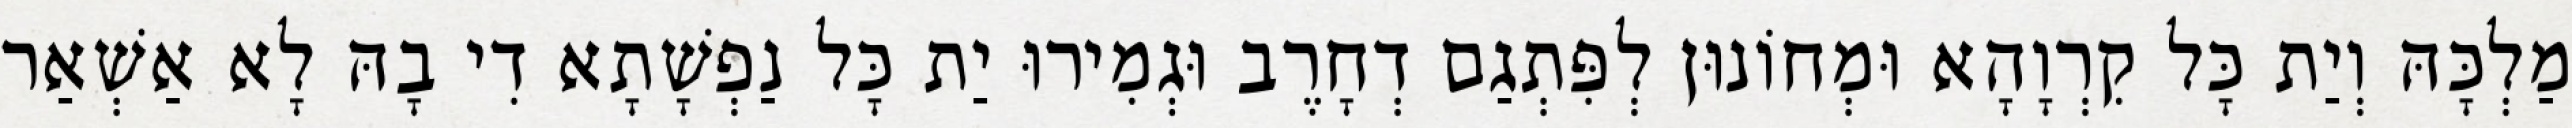
מַלְכָּהּ וְיַת כָּל קִרְוָהָא וּמְחוֹנוּן לְפִּתְגַם דְחָרֶב וּגְמִירוּ יַת כָּל נַפְשָׁתָא דִי בָהּ לָא אַשְׁאַר